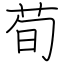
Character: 荀